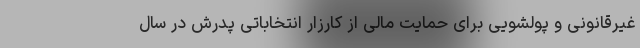
غیرقانونی و پولشویی برای حمایت مالی از کارزار انتخاباتی پدرش در سال